Malaria in the Punjab - Number 46
Disease focus: Malaria
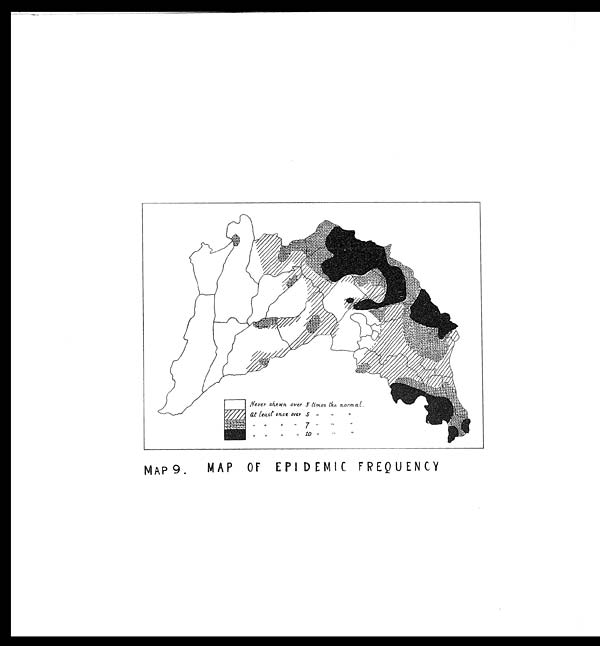
MAP9. MAP OF EPIDEMIC FREQUENCY